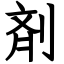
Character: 剤